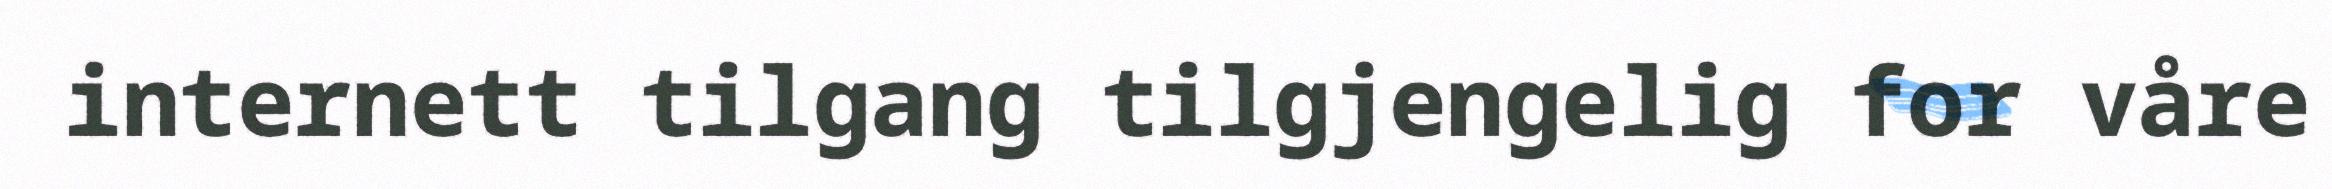
internett tilgang tilgjengelig for våre